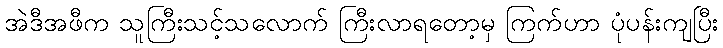
အဲဒီအဖီက သူကြီးသင့်သလောက် ကြီးလာရတော့မှ ကြက်ဟာ ပုံပန်းကျပြီး